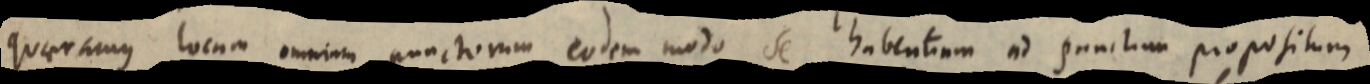
quaeramus locum omnium punctorum eodem modo se habentiam ad punctum propositum